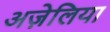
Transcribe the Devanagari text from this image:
अज़ेलिया